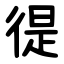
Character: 徥